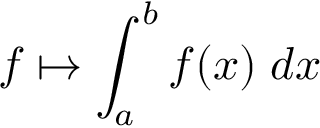
f \mapsto \int _ { a } ^ { b } f ( x ) \; d x